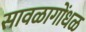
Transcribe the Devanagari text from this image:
सावळागोंधळ